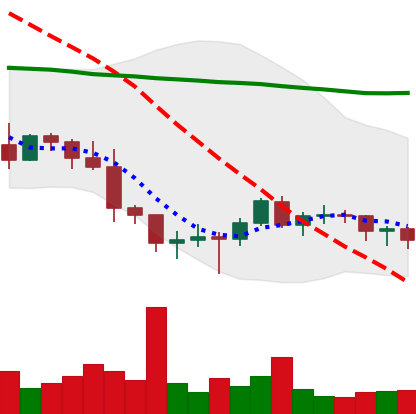
Ticker: BTC-USD
Chart end date: 2022-01-19
Forward return: -12.193%
Label: down_7plus